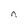
Character: n